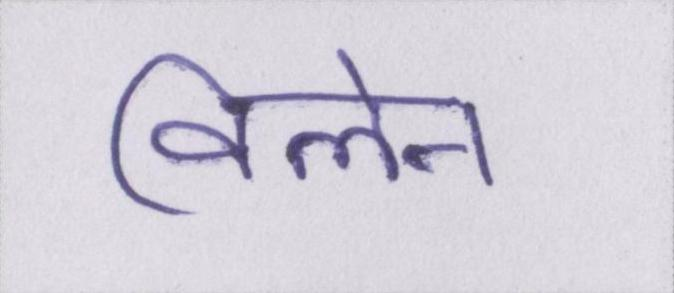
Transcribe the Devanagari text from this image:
विलेन